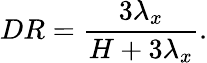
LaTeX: {DR}=\frac{3\lambda_{x}}{H+3\lambda_{x}}.